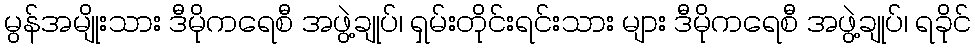
မွန်အမျိုးသား ဒီမိုကရေစီ အဖွဲ့ချုပ်၊ ရှမ်းတိုင်းရင်းသား များ ဒီမိုကရေစီ အဖွဲ့ချုပ်၊ ရခိုင်